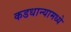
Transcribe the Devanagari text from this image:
कडधान्यामध्ये